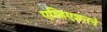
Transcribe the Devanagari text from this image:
एव्हिएशनने